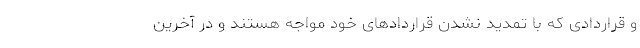
و قراردادی که با تمدید نشدن قراردادهای خود مواجه هستند و در آخرین